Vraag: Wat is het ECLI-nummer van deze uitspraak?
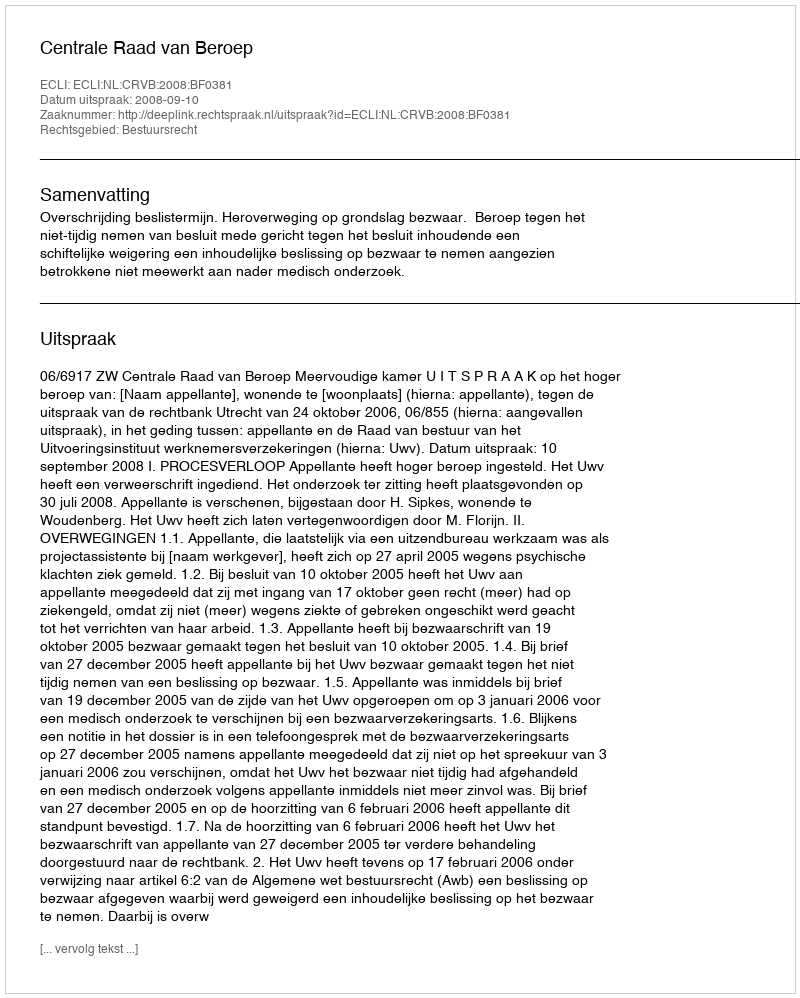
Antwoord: ECLI:NL:CRVB:2008:BF0381